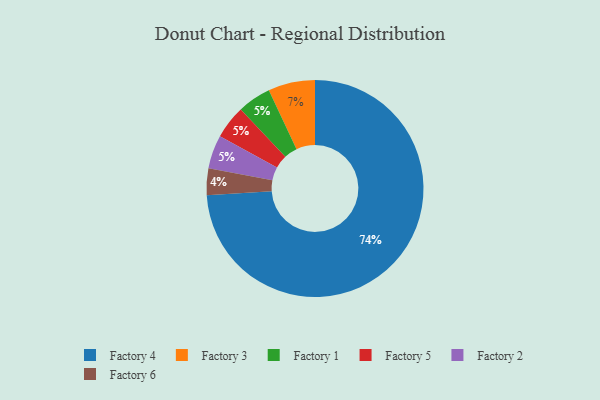
{"axis": {"x": "Category", "y": "Percentage"}, "legend": ["Factory 1", "Factory 2", "Factory 3", "Factory 4", "Factory 5", "Factory 6"], "data": [{"x": "Factory 1", "y": 5, "type": "Factory 1"}, {"x": "Factory 5", "y": 5, "type": "Factory 5"}, {"x": "Factory 6", "y": 4, "type": "Factory 6"}, {"x": "Factory 3", "y": 7, "type": "Factory 3"}, {"x": "Factory 2", "y": 5, "type": "Factory 2"}, {"x": "Factory 4", "y": 74, "type": "Factory 4"}]}